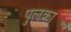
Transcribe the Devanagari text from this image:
पुलका